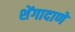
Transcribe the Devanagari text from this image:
शेंगादाणे